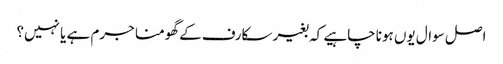
اصل سوال یوں ہونا چاہیے کہ بغیر سکارف کے گھومنا جرم ہے یا نہیں؟